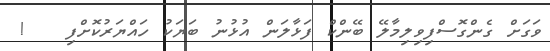
ވަގަށް ގެންގޮސްފިވިލިމާލޭ ބޭންކް ފަޅާލަން އުޅުނު ބަޔަކު ހައްޔަރުކޮށްފި   !